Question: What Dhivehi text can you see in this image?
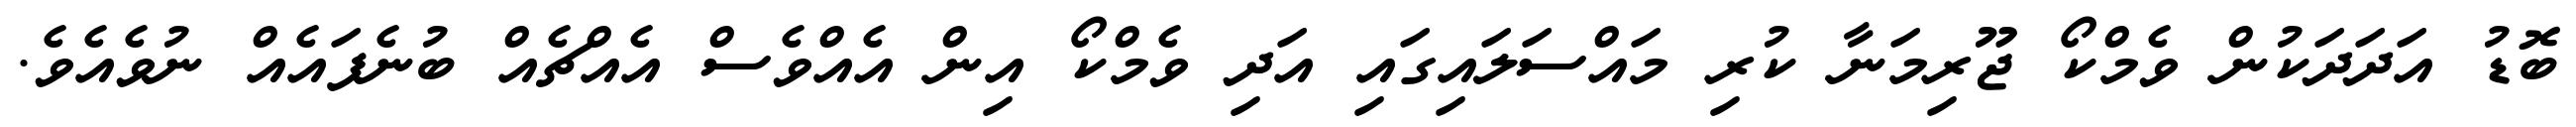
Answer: ބޮޑު އަދަދަކުން ވެމްކޯ ޖޫރިމަނާ ކުރި މައްސަލައިގައި އަދި ވެމްކޯ އިން އެއްވެސް އެއްޗެއް ބުނެފައެއް ނުވެއެވެ.